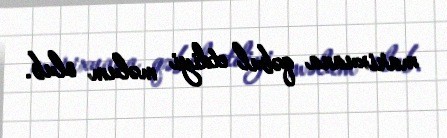
marixuana qəbul etdiyi məlum olub.